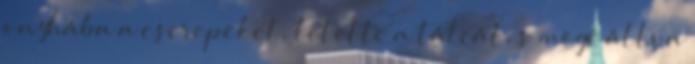
onyhába a cserepeket, letette a tálcát, s mögé állva